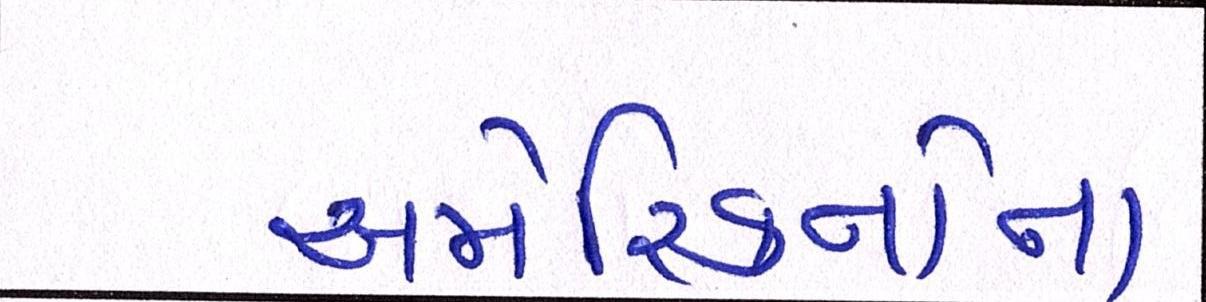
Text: અમેરિકનોના